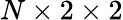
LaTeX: N\times 2\times 2